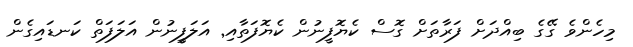
މިހެންވެ ގޭގެ ބިއްދަށް ފަރާތަށް ގޮސް ކެޔޮފީނުން ކެޔޮފަތާއި